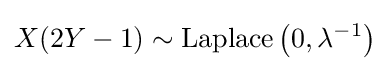
X(2Y-1)\sim {\textrm {Laplace}}\left(0,\lambda ^{-1}\right)